Theory and practice of anti-rabic immunisation - Number 30
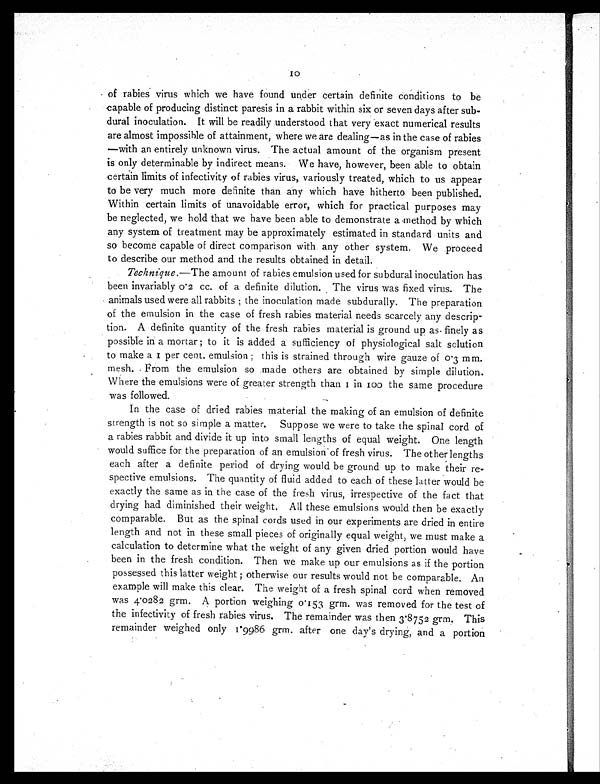
10
of rabies virus which we have found under certain definite conditions to be
capable of producing distinct paresis in a rabbit within six or seven days after sub-
dural inoculation. It will be readily understood that very exact numerical results
are almost impossible of attainment, where we are dealing—as in the case of rabies
—with an entirely unknown virus. The actual amount of the organism present
is only determinable by indirect means. We have, however, been able to obtain
certain limits of infectivity of rabies virus, variously treated, which to us appear
to be very much more definite than any which have hitherto been published.
Within certain limits of unavoidable error, which for practical purposes may
be neglected, we hold that we have been able to demonstrate a method by which
any system of treatment may be approximately estimated in standard units and
so become capable of direct comparison with any other system. We proceed
to describe our method and the results obtained in detail.
Technique. —The amount of rabies emulsion used for subdural inoculation has
been invariably 0.2 cc. of a definite dilution. The virus was fixed virus. The
animals used were all rabbits ; the inoculation made subdurally. The preparation
of the emulsion in the case of fresh rabies material needs scarcely any descrip-
tion. A definite quantity of the fresh rabies material is ground up as finely as
possible in a mortar ; to it is added a sufficiency of physiological salt solution
to make a 1 per cent. emulsion ; this is strained through wire gauze of 0.3 mm.
mesh. From the emulsion so made others are obtained by simple dilution.
Where the emulsions were of greater strength than 1 in 100 the same procedure
was followed.
In the case of dried rabies material the making of an emulsion of definite
strength is not so simple a matter. Suppose we were to take the spinal cord of
a rabies rabbit and divide it up into small lengths of equal weight. One length
would suffice for the preparation of an emulsion - of fresh virus. The other lengths
each after a definite period of drying would be ground up to make their re-
spective emulsions. The quantity of fluid added to each of these latter would be
exactly the same as in the case of the fresh virus, irrespective of the fact that
drying had diminished their weight. All these emulsions would then be exactly
comparable. But as the spinal cords used in our experiments are dried in entire
length and not in these small pieces of originally equal weight, we must make a
calculation to determine what the weight of any given dried portion would have
been in the fresh condition. Then we make up our emulsions as if the portion
possessed this latter weight ; otherwise our results would not be comparable. An
example will make this clear. The weight of a fresh spinal cord when removed
was 4.0282 grm. A portion weighing 0.153 grm. was removed for the test of
the infectivity of fresh rabies virus. The remainder was then 3.8752 grm. This
remainder weighed only 1.9986 grm. after one day's drying, and a portion